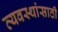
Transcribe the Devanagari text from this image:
व्यवस्थांसाठी